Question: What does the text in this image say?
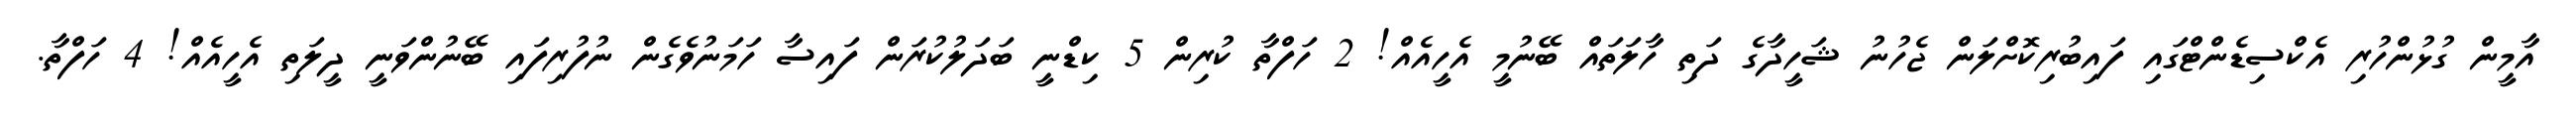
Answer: އާމީން ގުޅުންހުރި އެކްސިޑެންޓްގައި ފައިބުރިކޮށްލަން ޖެހުނު ޝަހީދާގެ ދަތި ހާލަތައް ބޭނުމީ އެހީއެއް! 2 ހަފްތާ ކުރިން 5 ކިޑްނީ ބަދަލުކުރަން ފައިސާ ހަމަނުވެގެން ނުފުރިފައި ބޭނުންވަނީ ދީލަތި އެހީއެއް! 4 ހަފްތާ.